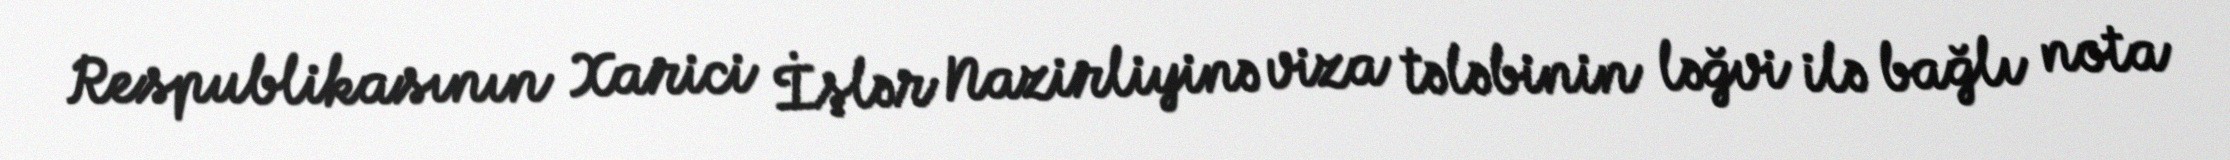
Respublikasının Xarici İşlər Nazirliyinə viza tələbinin ləğvi ilə bağlı nota